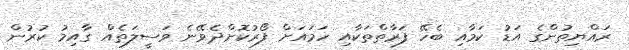
ރައްޔިތުންގެ އަޑު ކަމާއި ބެހޭ ފަރާތްތަކާއި ހަމައަށް ފޯރުކޮށްދެވޭނެ ވަސީލަތެއް ގާއިމު ކުރުން